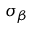
\sigma _ { \beta }